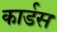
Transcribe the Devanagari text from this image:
कार्डस